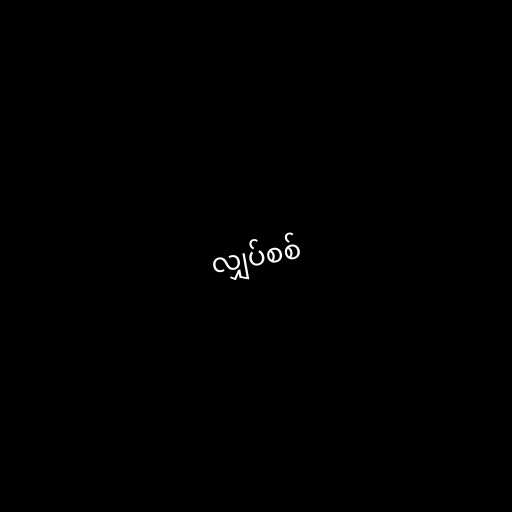
လျှပ်စစ်